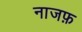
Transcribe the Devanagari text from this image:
नाजफ़